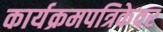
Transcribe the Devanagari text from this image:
कार्यक्रमपत्रिकेवर